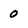
Character: 0